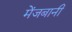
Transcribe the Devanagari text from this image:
मेंजबानी